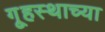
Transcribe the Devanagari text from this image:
गृ्हस्थाच्या